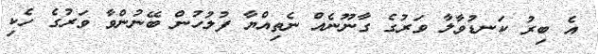
އެ ބިރު ކަނޑުވާލާ ވަރުގެ ގާނޫނެއް ނެތިއްޔާ ފުލުހުން ބޭނުންވާ ވަރުގެ ހެކި